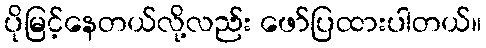
ပိုမြင့်နေတယ်လို့လည်း ဖော်ပြထားပါတယ်။